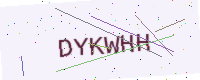
Text: DYKWHH